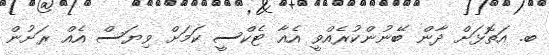
ބ. އަތޮޅަށް ދާން ބޭނުންކުރެއްވީ އެއާ ޓެކްސީ ކަމަށް ވިޔަސް އެއް ރަށުން